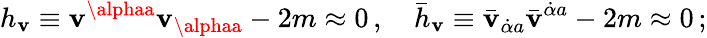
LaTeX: h_{\mathbf{v}}\equiv\mathbf{v}^{\alphaa}\mathbf{v}_{\alphaa}-2m\approx0\, ,\quad\bar{{h}}_{\mathbf{v}}\equiv\bar{{\mathbf{v}}}_{\dot{{\alpha}}a}\bar{{\mathbf{v}}}^{\dot{{\alpha}}a}-2m\approx0\, ;